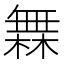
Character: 橆